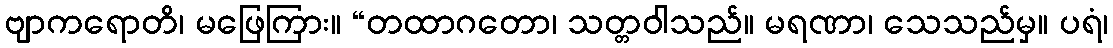
ဗျာကရောတိ၊ မဖြေကြား။ “တထာဂတော၊ သတ္တဝါသည်။ မရဏာ၊ သေသည်မှ။ ပရံ၊